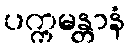
ပက္ကမန္တာနံ